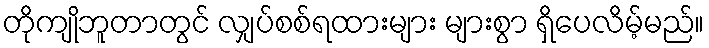
တိုကျိုဘူတာတွင် လျှပ်စစ်ရထားများ များစွာ ရှိပေလိမ့်မည်။